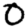
Digit: 0